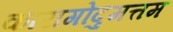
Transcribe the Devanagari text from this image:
कारागोदुमत्तम